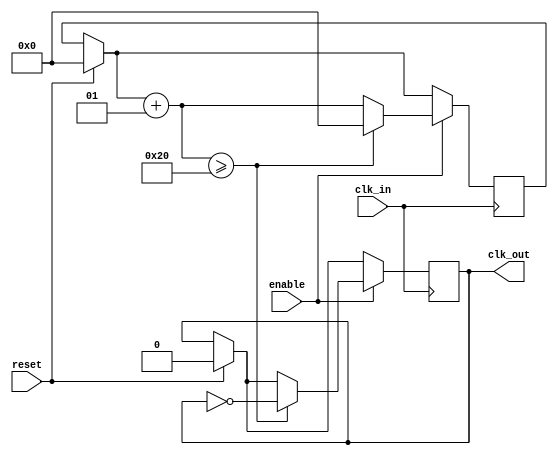
//Clock Divider para comunicacion serial
//Kamilla Peixoto 21/01/2023
//El baud rate de la comunicacion serial es 9600, eso implica en un clock de 9.6kHz, 
// freq_div = 50MHz/9.6kHz = 
//Es mejor haber "oversampling"?


module baud_generator
(
	input clk_in, enable, reset,// dos bits para leer los interruptores de seleccion de frecuencia
	output reg clk_out
);


	
	
	integer freq_div; // Por cuanto dividiremos la frecuencia original de 50M Hz
	integer count;    // Contador de flancos del reloj - no necesita ser entero, se puede usar una variable que requiere menos espacio




	initial
	begin
		count = 0;
		clk_out <= 0;
	end
	
	
	// Si ha un cambio en los interruptores
	always @(posedge clk_in)
	begin

	
				freq_div = 32;
			

		
		if (reset)
		begin
			count = 0;
			clk_out <= 0;
		end
		if (enable)
		begin
			count = count + 1;
			
			if (count >= freq_div)
			begin
				count = 0;
				clk_out <= ~clk_out;
			end
		end // if (enable == 1'b1)
	end

endmodule